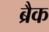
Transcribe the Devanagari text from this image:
ब्रैक